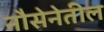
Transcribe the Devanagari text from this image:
नौसेनेतील